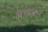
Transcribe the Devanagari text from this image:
विरेचनात